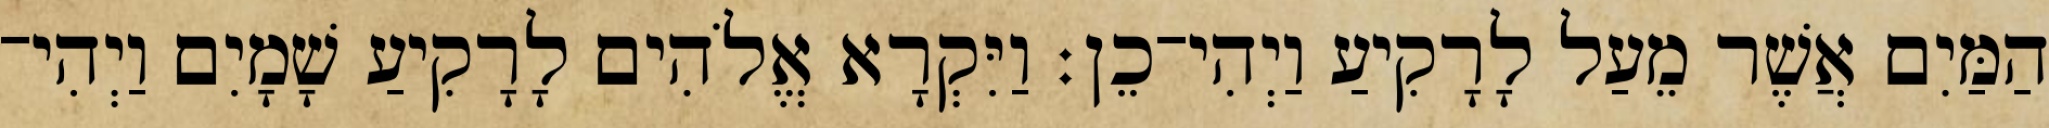
הַמַּיִם אֲשֶׁר מֵעַל לָרָקִיעַ וַיְהִי־כֵן׃ וַיִּקְרָא אֱלֹהִים לָרָקִיעַ שָׁמָיִם וַיְהִי־